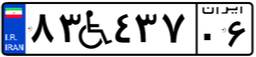
۲۷W۷۷۷۷۰